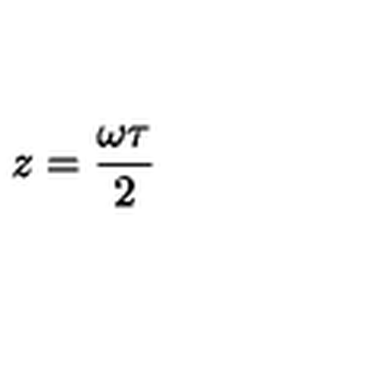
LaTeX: z = { \frac { \omega \tau } { 2 } }